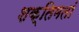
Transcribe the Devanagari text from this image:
शक्तिमतां